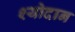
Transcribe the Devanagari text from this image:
श्योदान